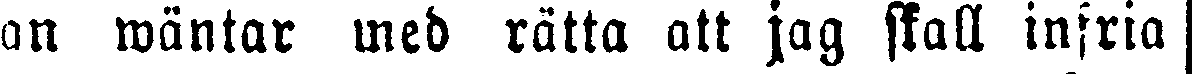
han wäntar med rätta att jag skall infria